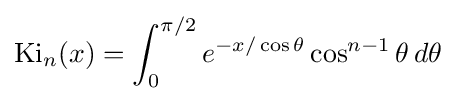
\operatorname {Ki} _{n}(x)=\int _{0}^{\pi /2}e^{-x/\cos \theta }\cos ^{n-1}\theta \,d\theta